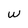
Character: w